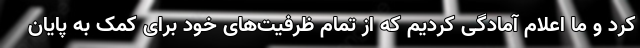
کرد و ما اعلام آمادگی کردیم که از تمام ظرفیت‌های خود برای کمک به پایان